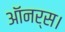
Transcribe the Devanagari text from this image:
ऑनर्स।